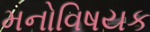
મનોવિષયક